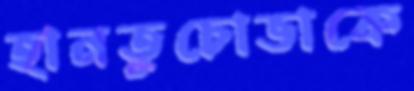
হানতুচোভাকে